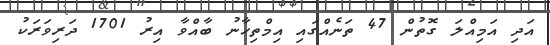
އަދި އަމިއްލަ ގޮތުން 47 ތަނެއްގައި އިމްތިހާނު ބާއްވާ އިރު 1701 ދަރިވަރަކު